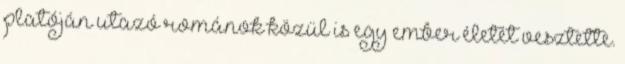
platóján utazó románok közül is egy ember életét vesztette.